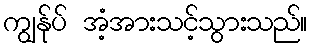
ကျွန်ုပ် အံ့အားသင့်သွားသည်။